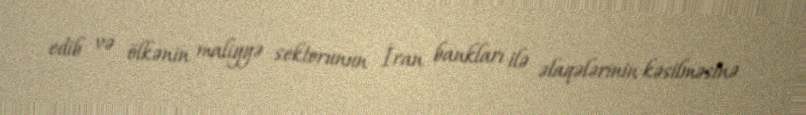
edib və ölkənin maliyyə sektorunun İran bankları ilə əlaqələrinin kəsilməsinə